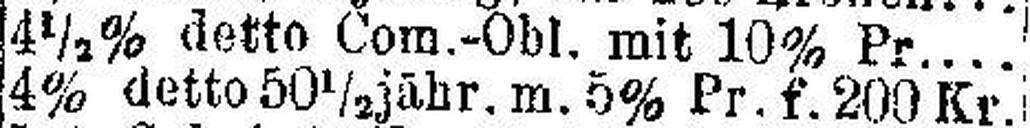
4½% detto Com.-Obl. mit 10% Pr....